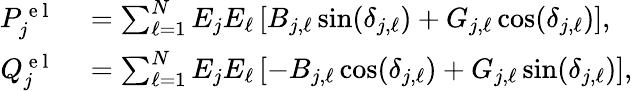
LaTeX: \begin{array}{rl}{P_{j}^{\mathrm{~e~l~}}}&{{}=\sum_{\ell=1}^{N}E_{j}E_{\ell}\left[B_{j,\ell}\sin(\delta_{j,\ell})+G_{j,\ell}\cos(\delta_{j,\ell})\right],}\\ {Q_{j}^{\mathrm{~e~l~}}}&{{}=\sum_{\ell=1}^{N}E_{j}E_{\ell}\left[-B_{j,\ell}\cos(\delta_{j,\ell})+G_{j,\ell}\sin(\delta_{j,\ell})\right],}\end{array}